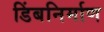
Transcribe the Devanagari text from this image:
डिंबनिर्माण